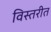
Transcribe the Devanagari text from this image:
विस्तरीत